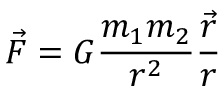
{ \vec { F } } = G { \frac { m _ { 1 } m _ { 2 } } { r ^ { 2 } } } { \frac { \vec { r } } { r } }